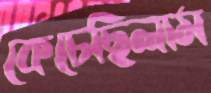
কেচেছিলাম